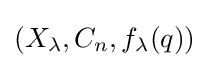
(X_{\lambda },C_{n},f_{\lambda }(q))